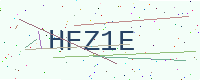
Text: HFZ1E